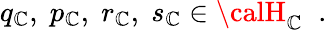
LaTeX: q_{\cal\mathbb{C}},\; p_{\cal\mathbb{C}},\; r_{\cal\mathbb{C}},\; s_{\cal\mathbb{C}}\in{\calH}_{\cal\mathbb{C}}\; \; .